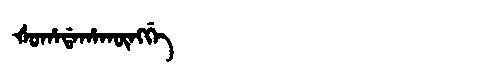
Manchu: ᡧᠣᡥᠠᡩᠠᡥᠠᡴᡡᠩᡤᡝ
Romanization: ŠOHADAHAKŪNGGE